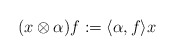
\begin{align*}(x \otimes \alpha) f := \langle \alpha, f \rangle x\end{align*}